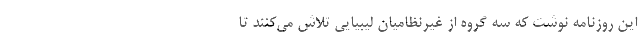
این روزنامه نوشت که سه گروه از غیرنظامیان لیبیایی تلاش می‌کنند تا